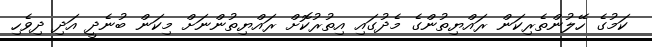
ކަމުގެ ހޭލުންތެރިކަން ރައްޔިތުންގެ މެދުގައި އިތުރުކޮށް ރައްޔިތުންނަށް މިކަން ބުނެދީ އަދި ދިވެހި